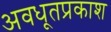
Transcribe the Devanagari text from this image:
अवधूतप्रकाश